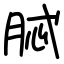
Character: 脦